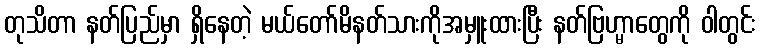
တုသိတာ နတ်ပြည်မှာ ရှိနေတဲ့ မယ်တော်မိနတ်သားကိုအမှူးထားပြီး နတ်ဗြဟ္မာတွေကို ဝါတွင်း